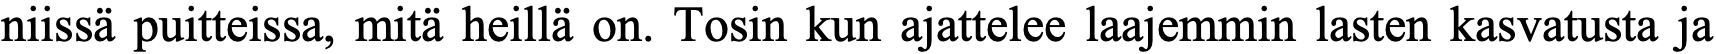
niissä puitteissa, mitä heillä on. Tosin kun ajattelee laajemmin lasten kasvatusta ja